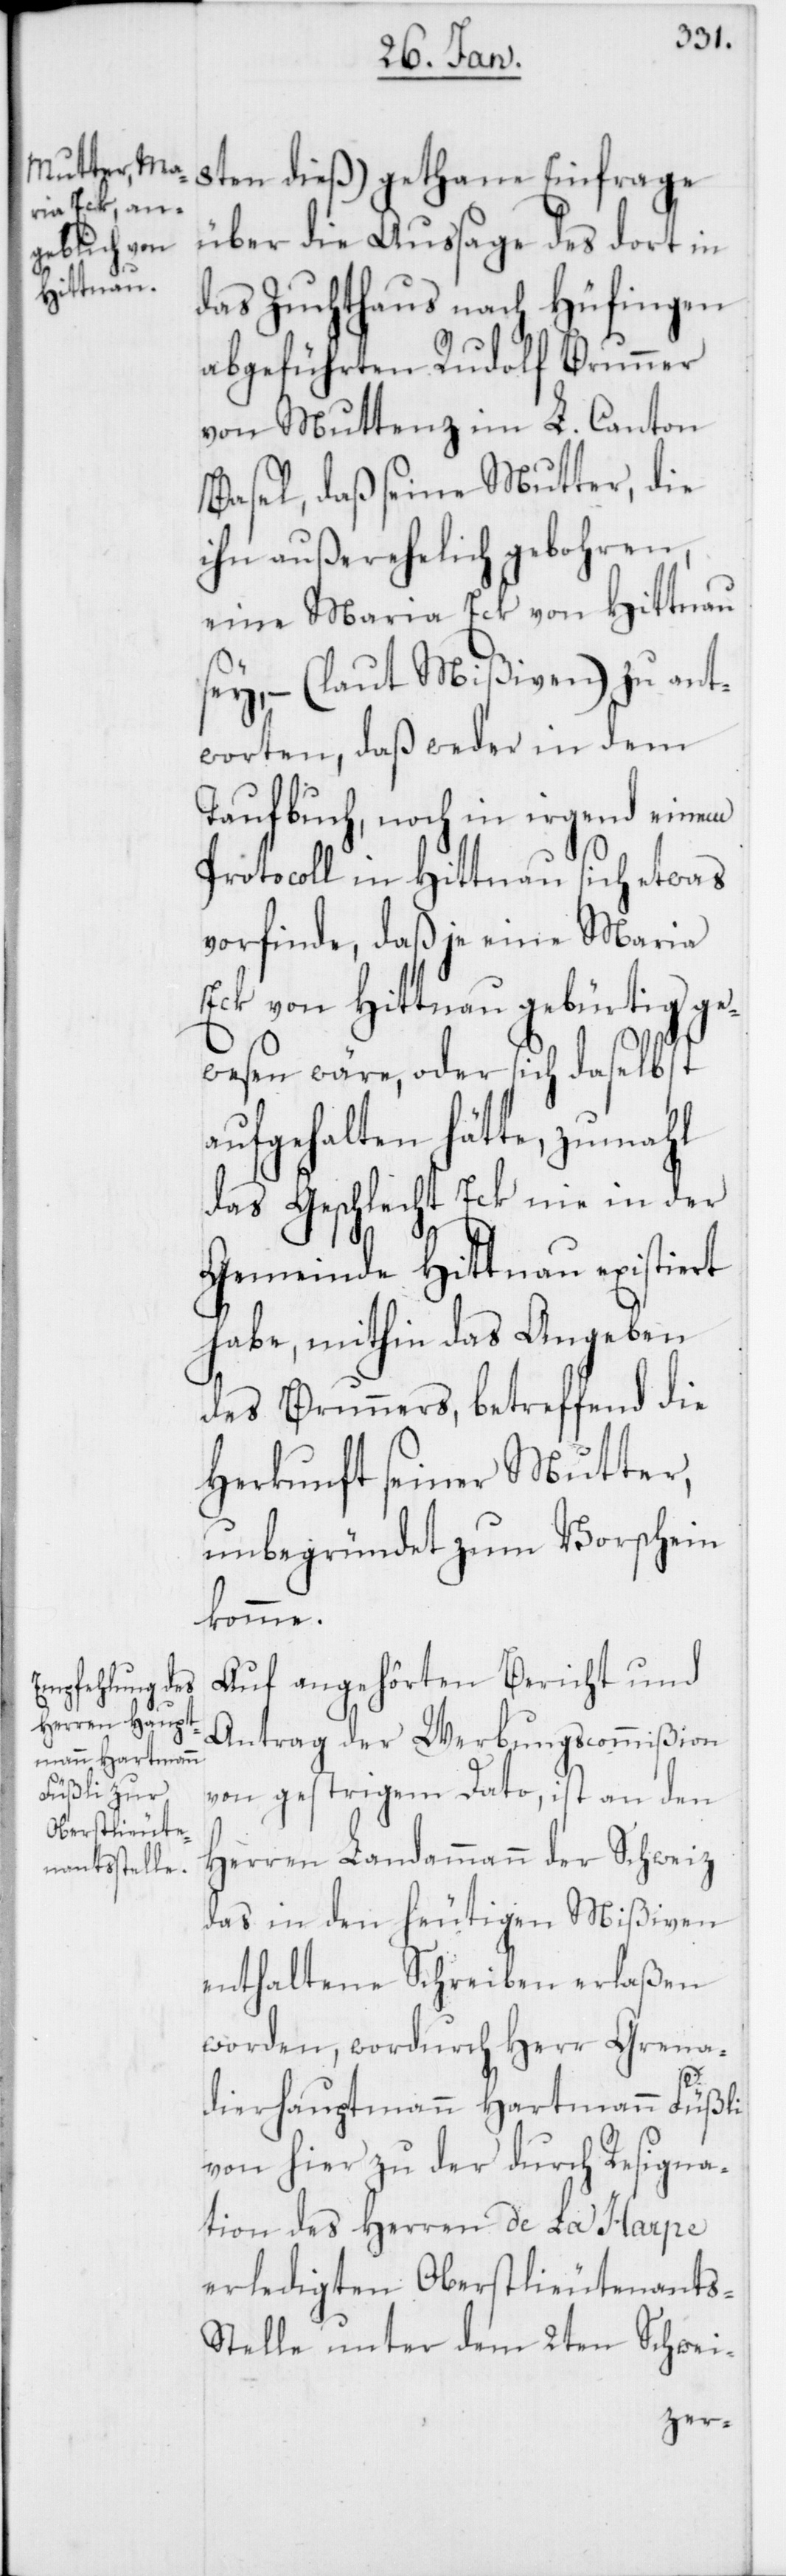
8ten dieß) gethane Einfrage
über die Aussage des dort in
das Zuchthaus nach Hüfingen
abgeführten Rudolf Brunner
von Muttenz im L. Canton
Basel, daß seine Mutter, die
ihn außerehelich gebohren,
eine Maria Eck von Hittnau
sey, – (laut Mißiven) zu ant¬
worten, daß weder in dem
Taufbuch noch in irgend einem
Protocoll in Hittnau sich etwas
vorfinde, daß je eine Maria
Eck von Hittnau gebürtig ge¬
wesen wäre, oder sich daselbst
aufgehalten hätte, zumahl
das Geschlecht Eck nie in der
Gemeinde Hittnau existiert
habe, mithin das Angeben
des Brunners, betreffend die
Herkunft seiner Mutter,
unbegründet zum Vorschein
komme.
Auf angehörten Bericht und
Antrag der Werbungscommißion
von gerstrigem Dato, ist an den
Herren Landammann der Schweiz
das in den heutigen Mißiven
enthaltene Schreiben erlaßen
worden, wordurch Herr Grena¬
dierhauptmann Hartmann Füßli
von hier, zu der durch Resigna¬
tion des Herren de la Harpe
erledigten Oberstlieutenants-S¬
telle unter dem 2ten Schwei-